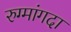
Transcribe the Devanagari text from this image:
रुग्मांगदा